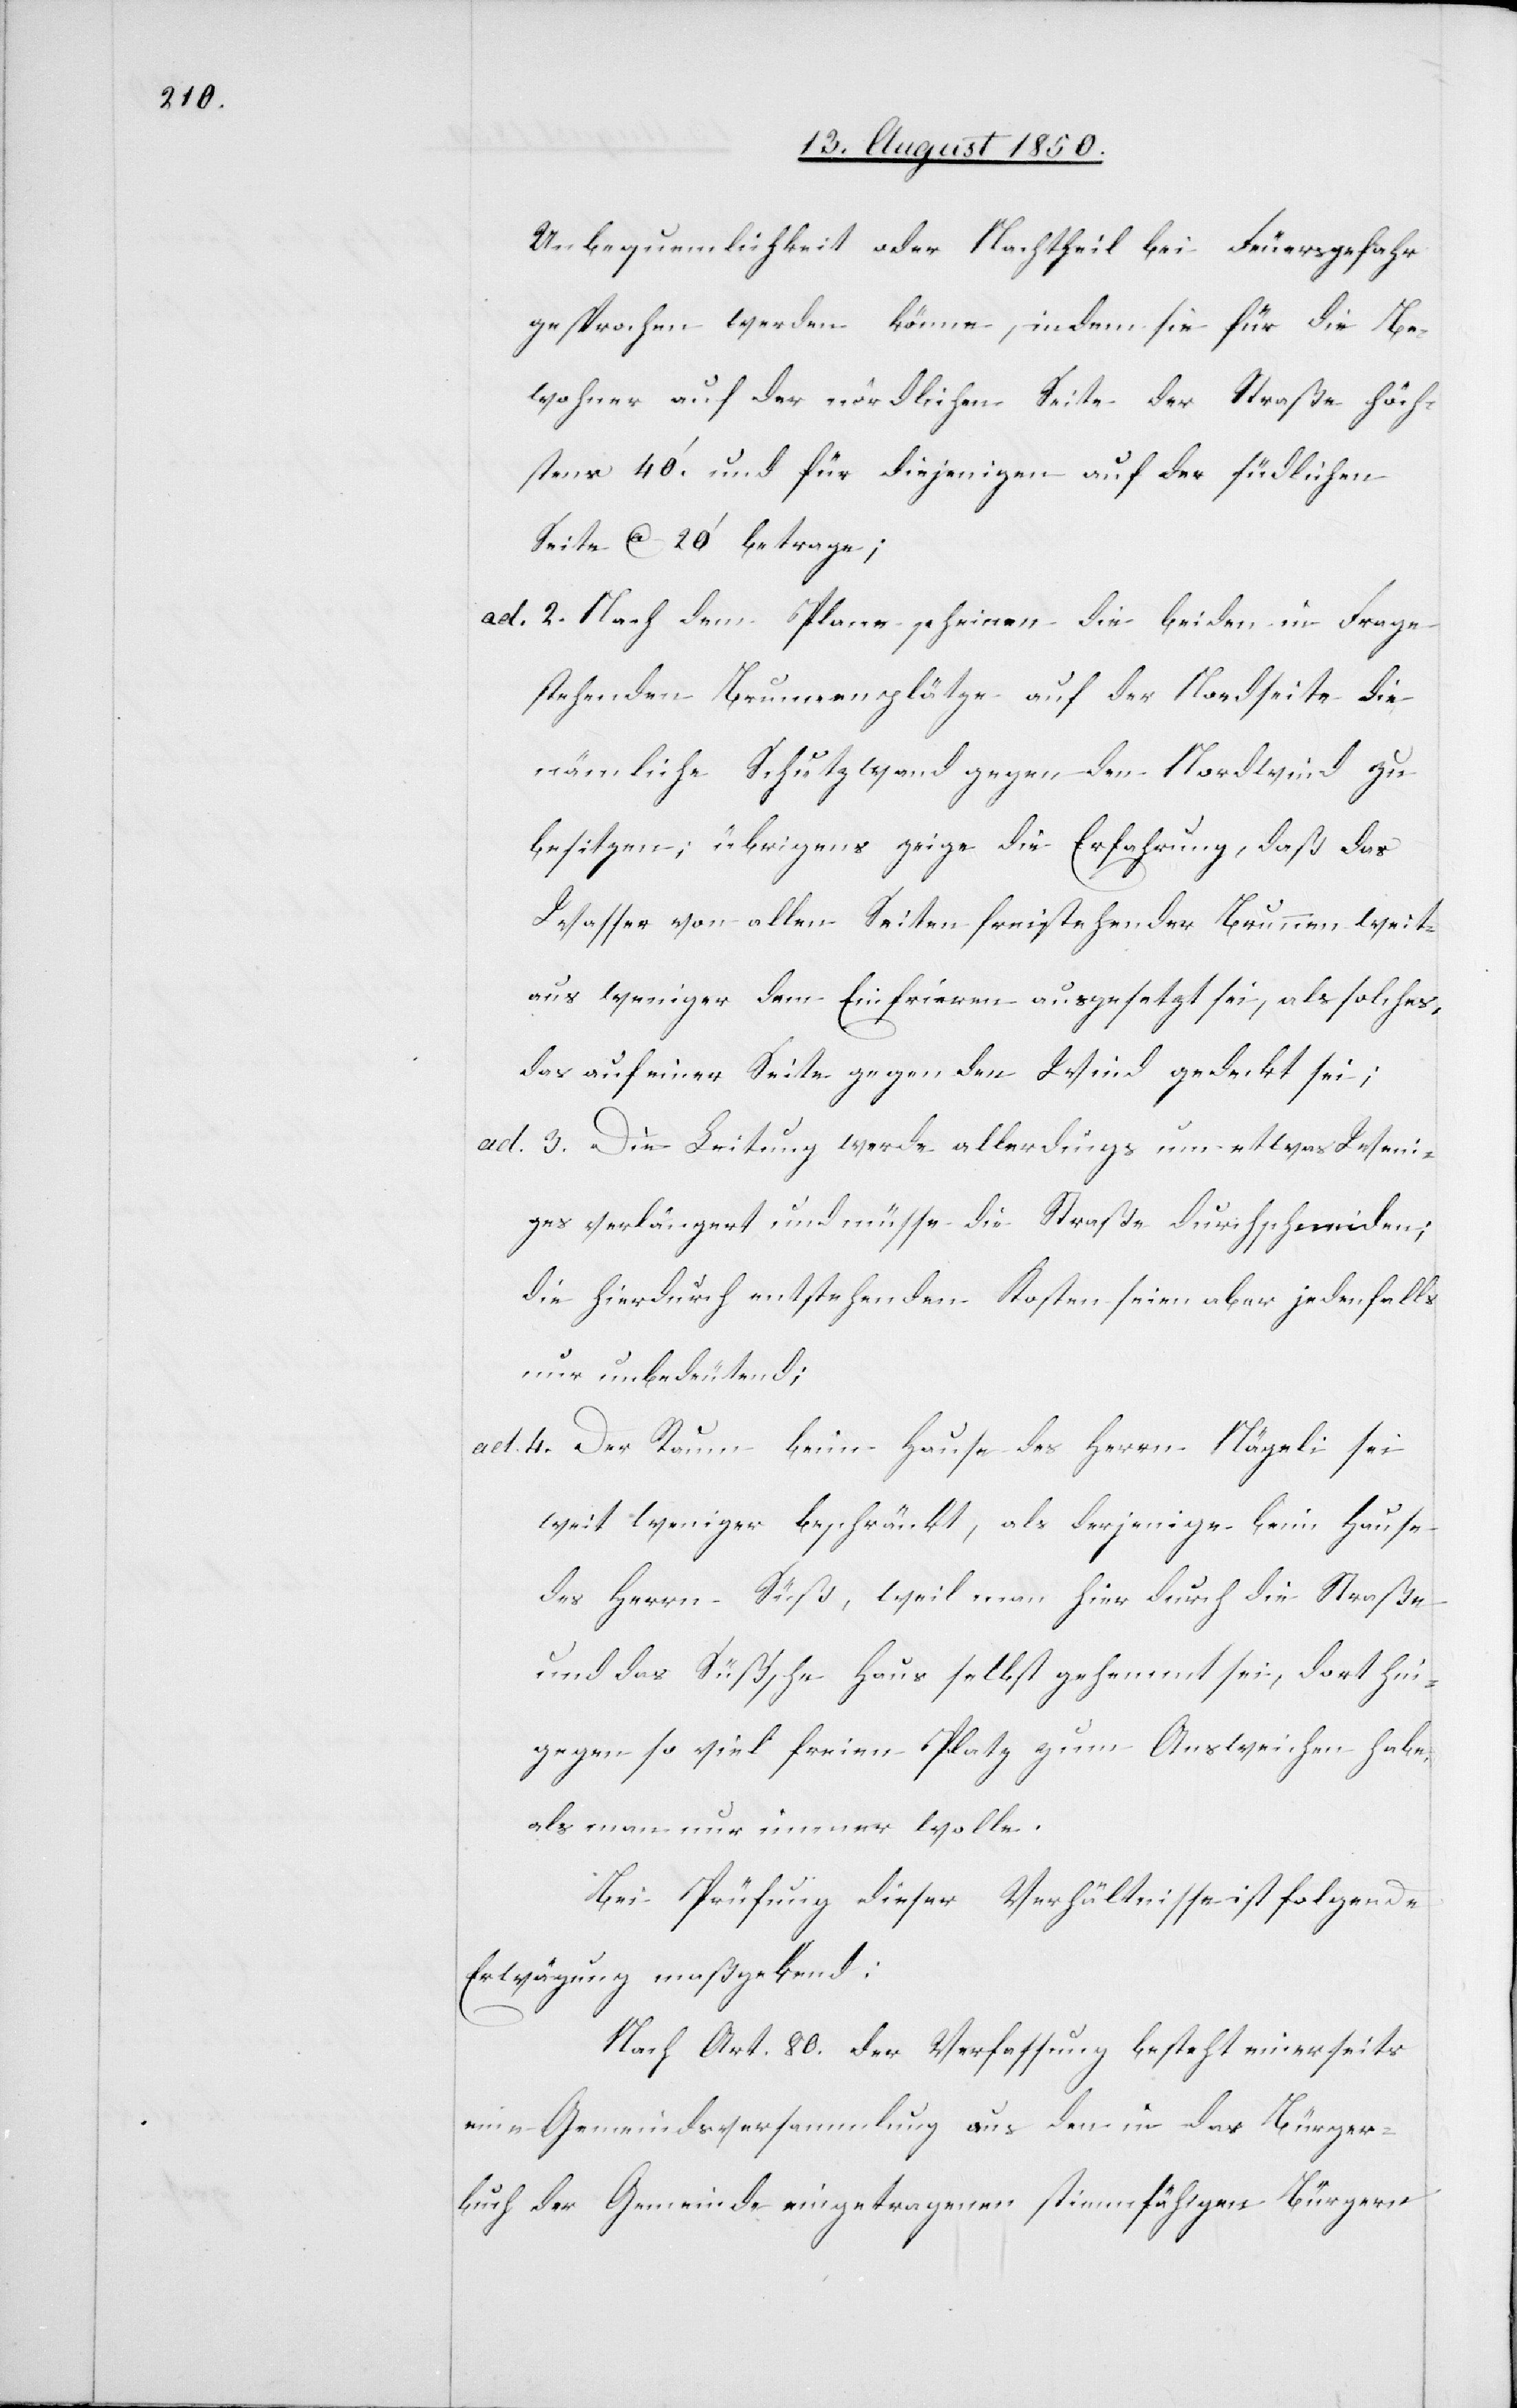
Unbequemlichkeit oder Nachtheil bei Feuersgefahr
gesprochen werden könne, indem sie für die Be¬
wohner auf der nördlichen Seite der Straße höch¬
stens 40.‘ und für diejenigen auf der südlichen
Seite ca 20‘ betrage;
ad. 2. Nach dem Plane scheinen die beiden in Frage
stehenden Brunnenplätze auf der Nordseite die
nämliche Schutzwand gegen den Nordwind zu
besitzen; übrigens zeige die Erfahrung, daß das
Wasser von allen Seiten freistehender Brunnen weit¬
aus weniger dem Einfrieren ausgesetzt sei, als solches,
das auf einer Seite gegen den Wind gedeckt sei;
ad. 3. Die Leitung werde allerdings um etwas Weni¬
ges verlängert und müsse die Straße durchschneiden;
die hierdurch entstehenden Kosten seien aber jedenfalls
nur unbedeutend;
ad. 4. Der Raum beim Hause des Herrn Nägeli sei
weit weniger beschränkt, als derjenige beim Hause
des Herrn Süß, weil man hier durch die Straße
und das Süß’sche Haus selbst gehemmt sei, dort hin¬
gegen so viel freien Platz zum Ausweichen habe,
als man nur immer wolle.
Bei Prüfung dieser Verhältnisse ist folgende
Erwägung maßgebend:
Nach Art. 80. der Verfassung besteht einerseits
eine Gemeindsversammlung aus den in das Bürger¬
buch der Gemeinde eingetragenen stimmfähigen Bürgern